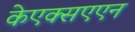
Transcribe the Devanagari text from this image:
केएक्सएएन